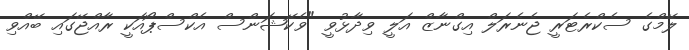
ލޭމްގެ ސެކްރެޓަރީ ޖެނެރަލް އިގްނާޒް އަލީ ވިދާޅުވީ "ވެކޭޝަންސް އެކްސްޕޯއަކީ ރާއްޖޭގައި ބޭއްވި